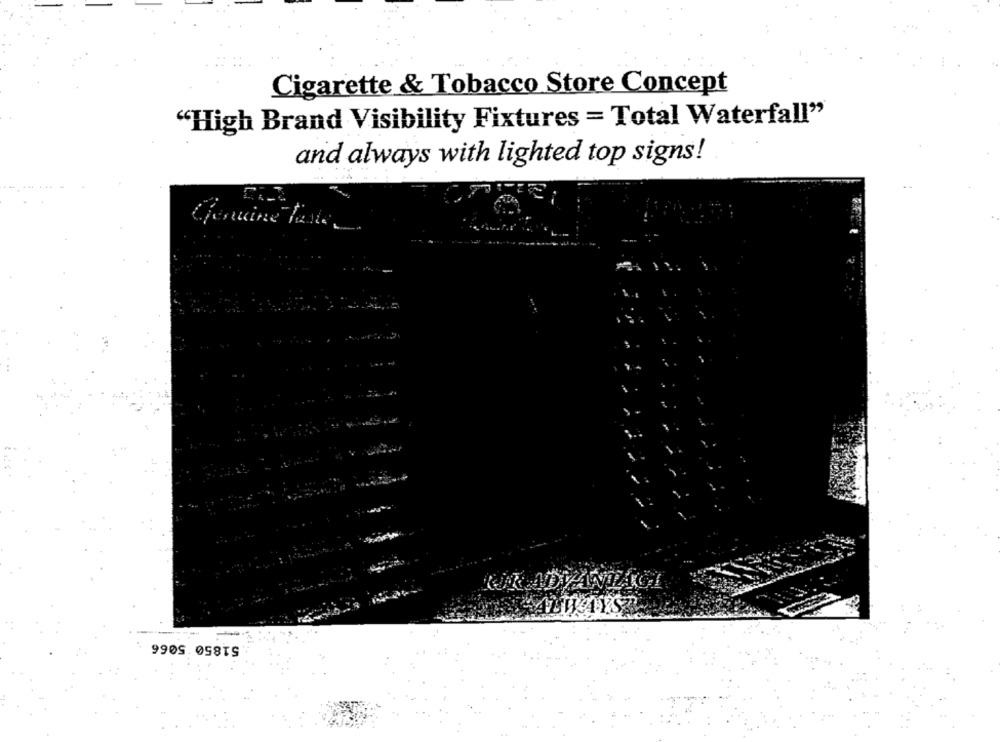
Cigarette & Tobacco Store Concept
"High Brand Visibility Fixtures = Total Waterfall"
and always with lighted top signs!
fercine fest.
51850 5066